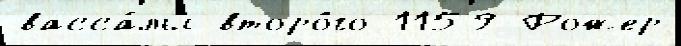
васса́лы второ́го 1159 Рожер